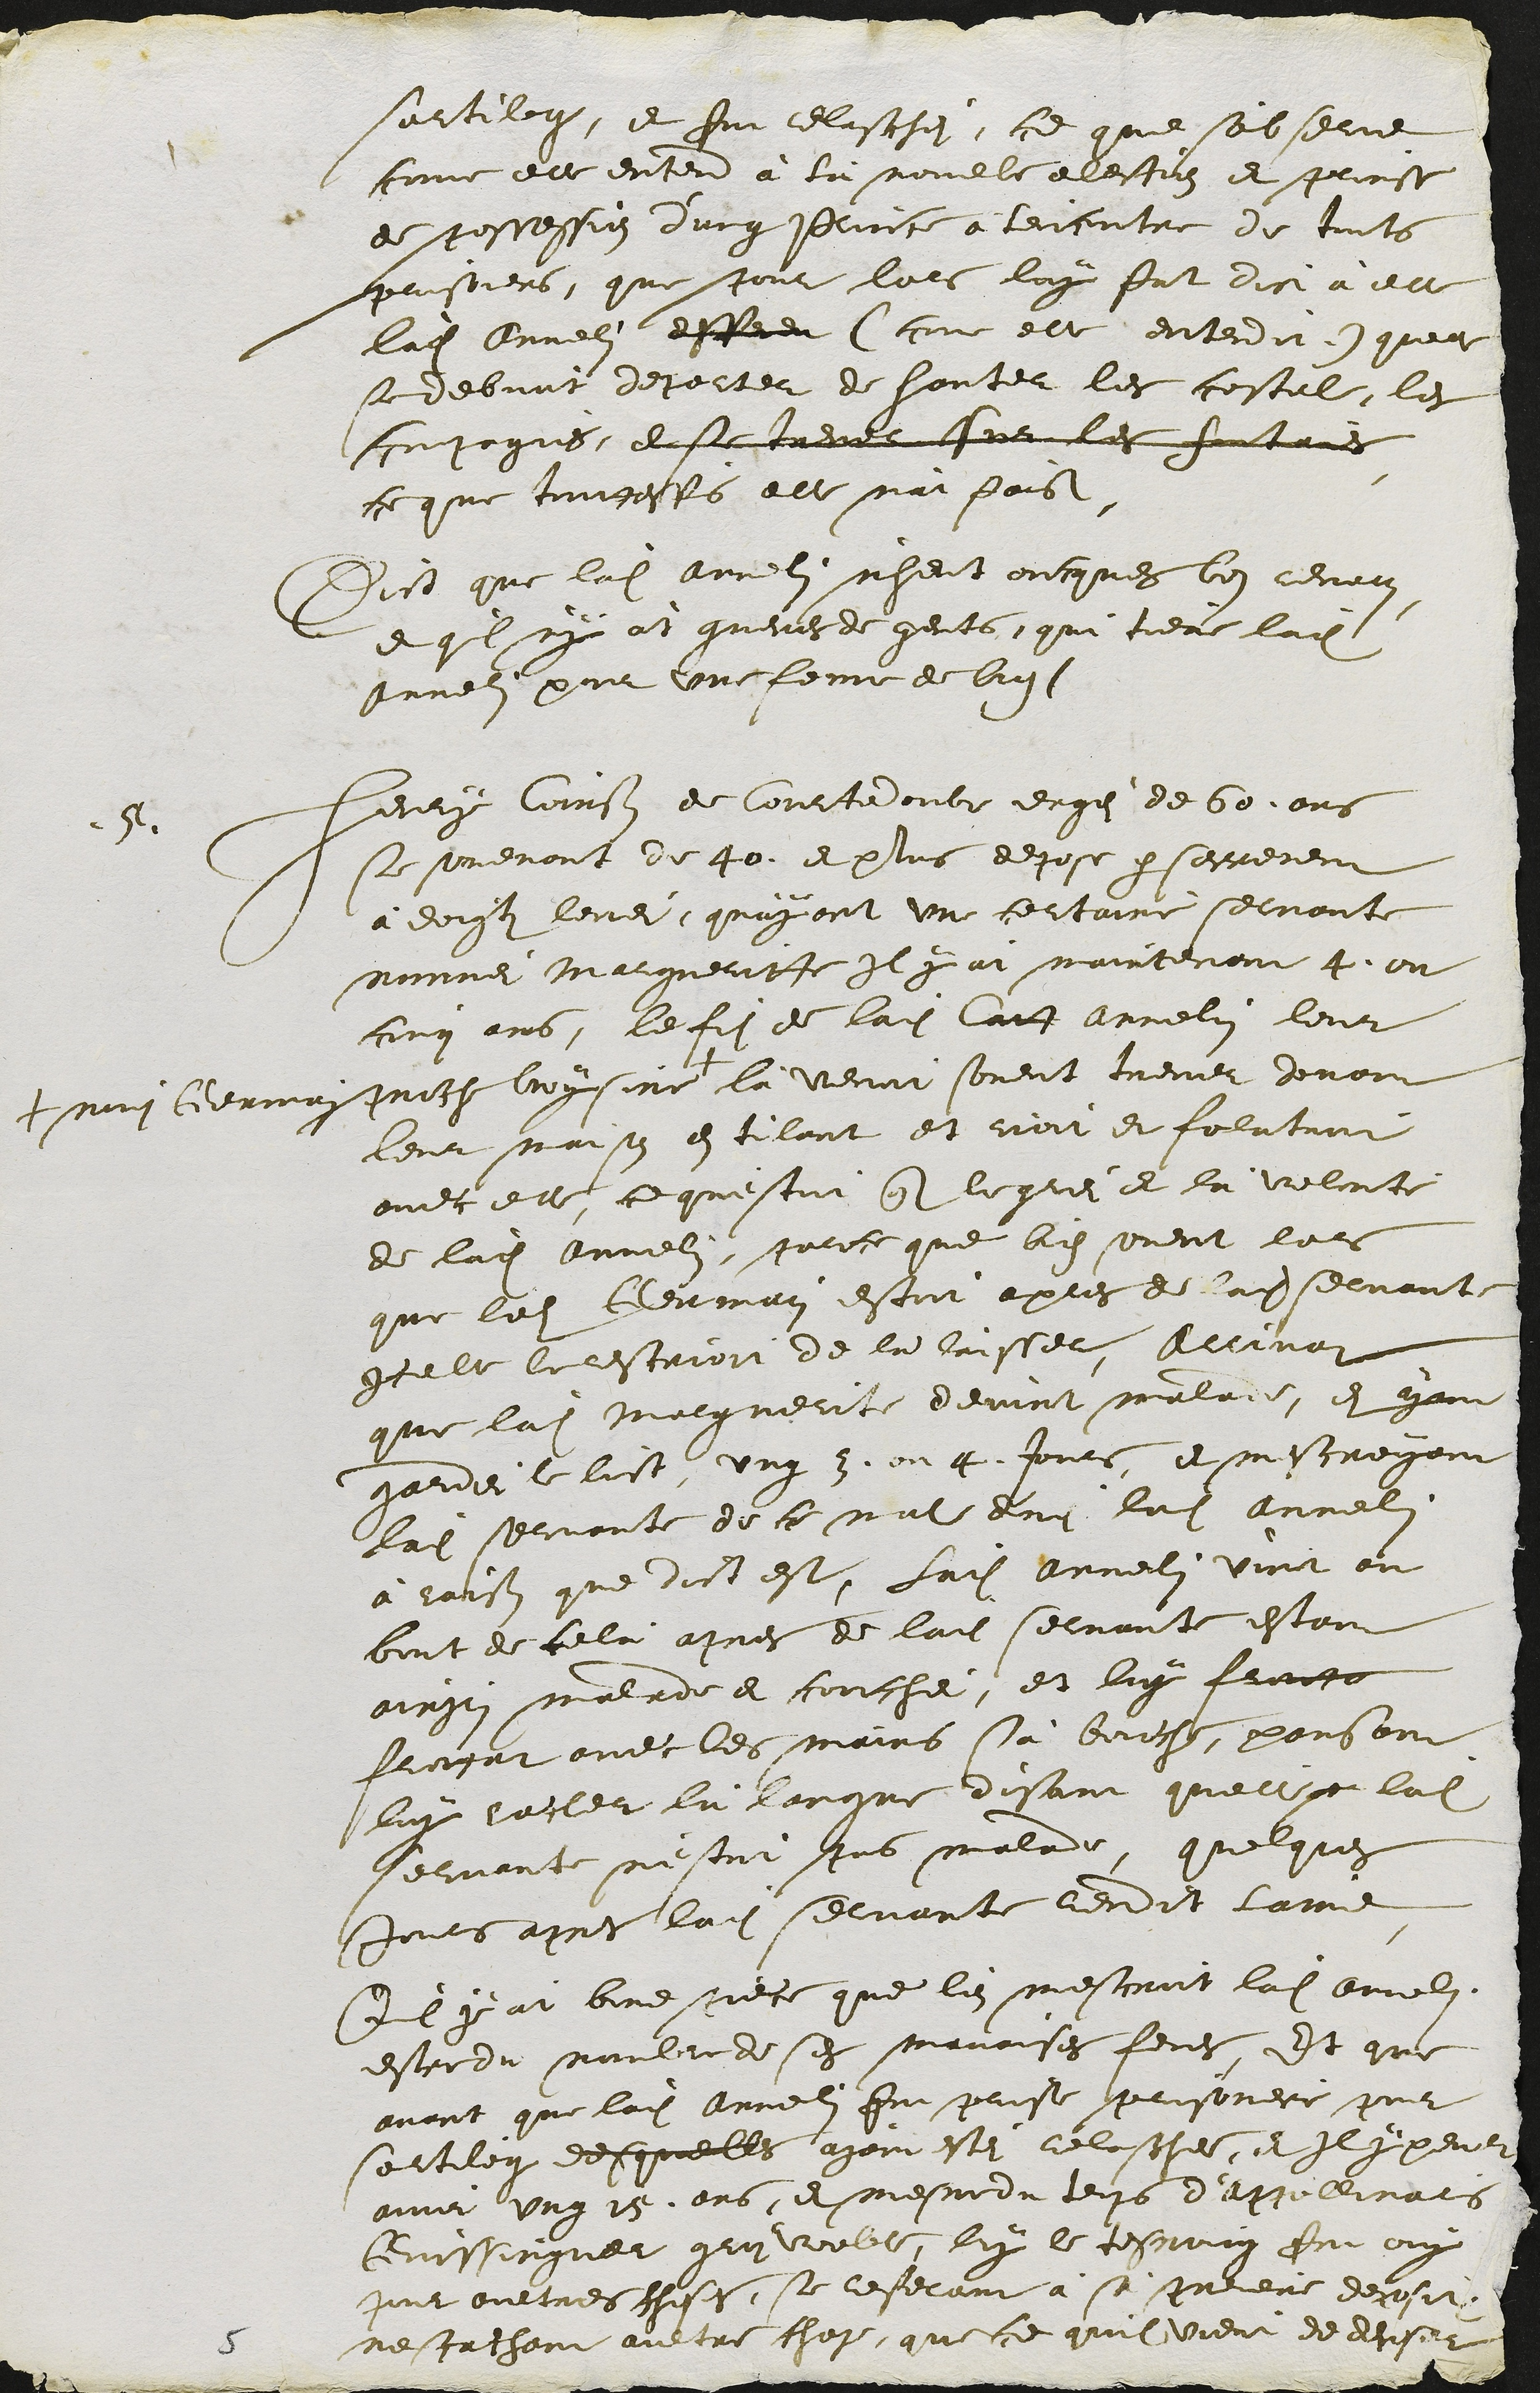
sortileg, et fut relaschei, ce que s'observe
come elle entend à là novelle election et prinse
de possession d'ung Prince à l'encontre de touts
prisoniers, que pour lors luy fut dict à elle
ladite Annelin deffendr (come elle entendit) quelle
se debvoit deporter de hanter les costel, les
compagnies, de se treuver sur les fontaines
ce que touttesfois elle n'at faict.
Dict que ladite Annelin n'heut oncques bon renom,
et quil n'y àt gueres de gents, qui tient ladite
Annelin pour une feme de bien.
5. Henry Coinson de Courtedoubs eagé de 60. ans
se souvenant de 40. et plus depose par serrement
à doigts levei, qu'ayant une certaine servante
nommei Margueritte Il y àt maintenant 4. ou
cinq ans, le fils de ladite Catt Annelin leur
proche voysine +
+ nomei Germain
là venoit sovent trever devant
leur maison en tilant et rioit et folatroit
avec elle, ce questoit contre le grei et la volonté
de ladite Annelin, parce que bien sovent lors
que ledit Germain estoit aupres de ladite servante
Icelle le rescrioit de la laisser, Arrivat
que ladite Marguerite devint malade, et ayant
gardei le lict, ung 3. ou 4. Jours, et mescreyant
ladite servante de ce mal donei ladite Annelin
à raison que dict est, ladite Annelin vint au
bout de celà apres de ladite servante estant
ainsin malade et couchei, et luy frotto
frottat avec les mains sa bouche, pansant
luy racler la langue disant quelle s ladite
servante n'estoit pas malade, quelques
Jours apres ladite servante rendit l'ame.
Qu'il y àt bone piece que bien mescroit ladite Annelin,
estre du nombre de ses mauvaises femes, Et que
avant que ladite Annelin fut prise prisoniere pour
sortileg desquelles ayant estei relaschee, Et Il y peult
avoir ung 15. ans, et mesme du temps d'Appolinarius
Guissinguer gros voeble, luy le tesmoing fut ouy
pour aultres choses, se referant à sà premiere deposition
ne scachant aultre chose que ce quil vient de deposer

5